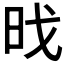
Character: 𮲜